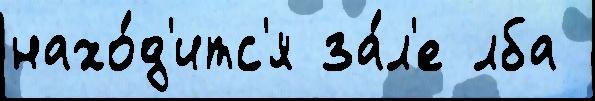
нахо́д'итс'я за́л'е лба